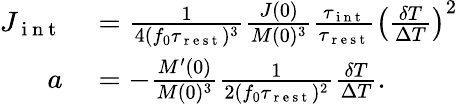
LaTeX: \begin{array}{rl}{J_{\mathrm{~i~n~t~}}}&{{}=\frac{1}{4(f_{0}\tau_{\mathrm{~r~e~s~t~}})^{3}}\frac{J(0)}{M(0)^{3}}\frac{\tau_{\mathrm{~i~n~t~}}}{\tau_{\mathrm{~r~e~s~t~}}}\left(\frac{\delta T}{\Delta T}\right)^{2}}\\ {a}&{{}=-\frac{M^{\prime}(0)}{M(0)^{3}}\frac{1}{2(f_{0}\tau_{\mathrm{~r~e~s~t~}})^{2}}\frac{\delta T}{\Delta T}.}\end{array}